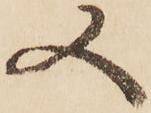
又